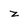
Character: z